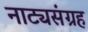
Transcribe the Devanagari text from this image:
नाट्यसंग्रह